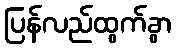
ပြန်လည်ထွက်ခွာ